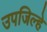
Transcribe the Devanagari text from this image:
उपजिल्हे